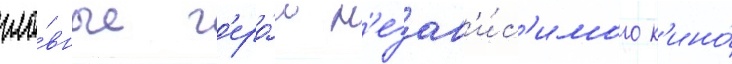
гла́вные г'еро́и н'езав'и́с'имого к'ино́